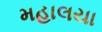
મહાલયા